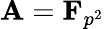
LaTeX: \mathbf{A}=\mathbf{{F}}_{p^{2}}